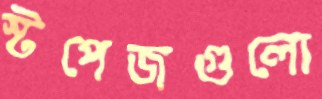
স্টপেজগুলো